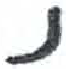
אות: נ